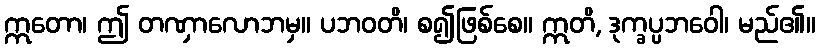
ဣတော၊ ဤ တဏှာလောဘမှ။ ပဘဝတိ၊ စ၍ဖြစ်စေ။ ဣတိ, ဒုက္ခပ္ပဘဝေါ၊ မည်၏။